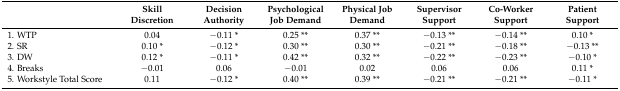
|  | Skill Discretion | Decision Authority | Psychological Job Demand | Physical Job Demand | Supervisor Support | Co-Worker Support | Patient Support |
 | --- | --- | --- | --- | --- | --- | --- | --- |
 | 1. WTP | 0.04 | −0.11 * | 0.25 ** | 0.37 ** | −0.13 ** | −0.14 ** | 0.10 * |
 | 2. SR | 0.10 * | −0.12 * | 0.30 ** | 0.30 ** | −0.21 ** | −0.18 ** | −0.13 ** |
 | 3. DW | 0.12 * | −0.11 * | 0.42 ** | 0.32 ** | −0.22 ** | −0.23 ** | −0.10 * |
 | 4. Breaks | −0.01 | 0.06 | −0.01 | 0.02 | 0.06 | 0.06 | 0.11 * |
 | 5. Workstyle Total Score | 0.11 | −0.12 * | 0.40 ** | 0.39 ** | −0.21 ** | −0.21 ** | −0.11 * |